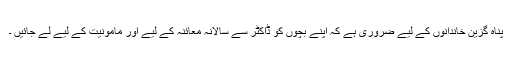
پناہ گزین خاندانوں کے لیے ضروری ہے کہ اپنے بچوں کو ڈاکٹر سے سالانہ معائنہ کے لیے اور مامُونیت کے لیے لے جائیں ۔